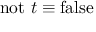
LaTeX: \mathrm { n o t } ~ t \equiv \mathrm { f a l s e }